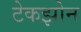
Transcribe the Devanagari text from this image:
टेकझोन